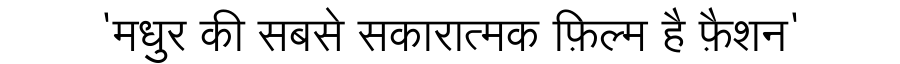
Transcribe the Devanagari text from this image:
'मधुर की सबसे सकारात्मक फ़िल्म है फ़ैशन'